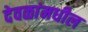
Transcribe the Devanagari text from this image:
देवळांमधील